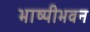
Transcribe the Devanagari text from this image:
भाष्पीभवन